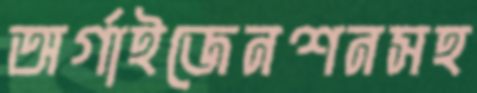
অর্গাইজেনশনসহ